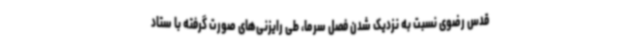
قدس رضوی نسبت به نزدیک شدن فصل سرما، طی رایزنی‌های صورت گرفته با ستاد